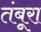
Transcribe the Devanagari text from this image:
तंबूरा